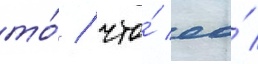
то́ / что́ ео́